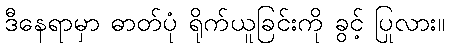
ဒီနေရာမှာ ဓာတ်ပုံ ရိုက်ယူခြင်းကို ခွင့် ပြုလား။